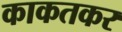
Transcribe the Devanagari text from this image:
काकतकर